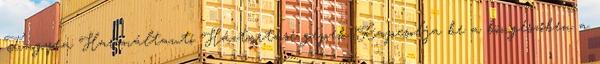
Ingyen Használtautó Háztartási gépek Kapcsolja be a böngészőben a